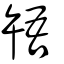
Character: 啎